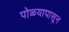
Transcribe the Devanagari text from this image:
पोळ्यापासून